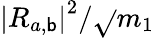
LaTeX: {\left|R_{a,\mathsf{b}}\right|}^{2}/\sqrt{}{{m_{1}}}